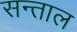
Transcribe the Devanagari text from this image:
सन्ताल